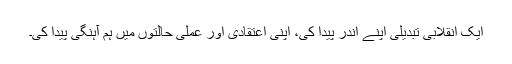
ایک انقلابی تبدیلی اپنے اندر پیدا کی، اپنی اعتقادی اور عملی حالتوں میں ہم آہنگی پیدا کی۔